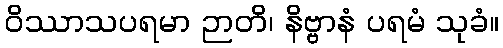
ဝိဿာသပရမာ ဉာတိ၊ နိဗ္ဗာနံ ပရမံ သုခံ။